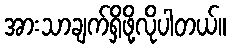
အားသာချက်ရှိဖို့လိုပါတယ်။